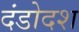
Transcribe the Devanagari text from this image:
दंडोदश